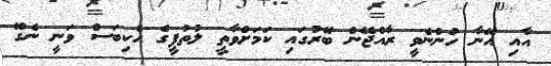
އާއި އޭނާ ހުންނެވީ ރާއްޖޭން ބޭރުގައި ކަމަށްވާތީ ލުތުފީގެ ހެކިބަސް ވަނީ ނެގޭ